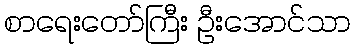
စာရေးတော်ကြီး ဦးအောင်သာ